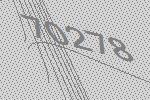
70278